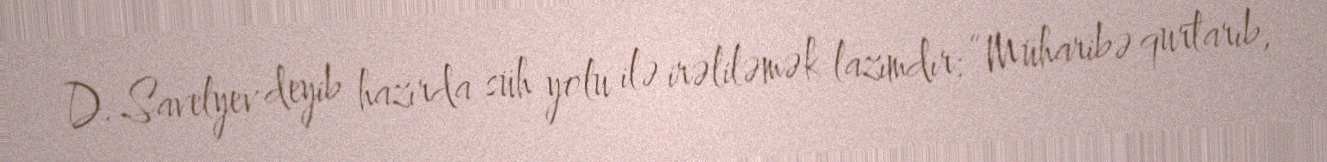
D. Savelyev deyib hazırda süh yolu ilə irəliləmək lazımdır: “Müharibə qurtarıb,